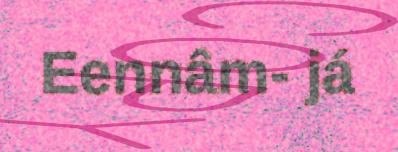
Eennâm- já